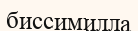
биссимилла